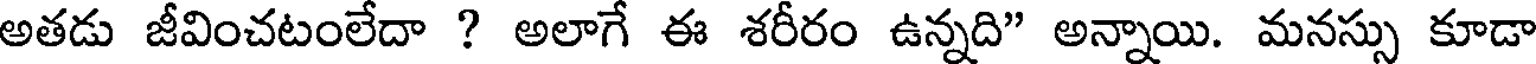
అతడు జీవించటంలేదా ? అలాగే ఈ శరీరం ఉన్నది" అన్నాయి. మనస్సు కూడా